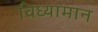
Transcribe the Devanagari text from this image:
विध्यामान